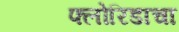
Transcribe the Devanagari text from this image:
फ्लोरिडाचा